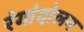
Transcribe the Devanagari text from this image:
रंगांदोलन